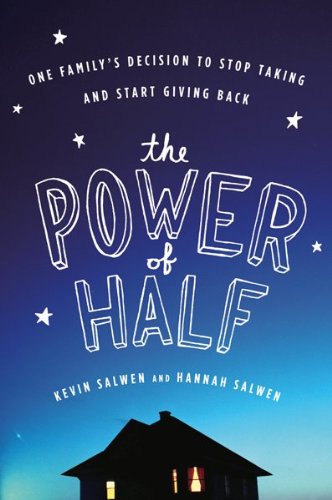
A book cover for The Power of Half: One Family's Decision to Stop Taking and Start Giving Back; Hannah Salwen; Politics & Social Sciences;